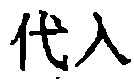
代入